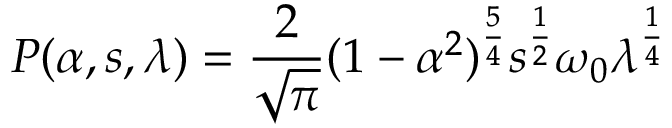
P ( \alpha , s , \lambda ) = \frac { 2 } { \sqrt \pi } ( 1 - \alpha ^ { 2 } ) ^ { \frac { 5 } { 4 } } s ^ { \frac { 1 } { 2 } } \omega _ { 0 } \lambda ^ { \frac { 1 } { 4 } }